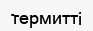
термитті